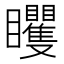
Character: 䂄